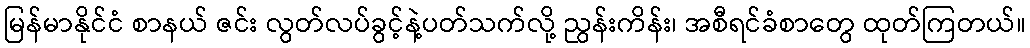
မြန်မာနိုင်ငံ စာနယ် ဇင်း လွတ်လပ်ခွင့်နဲ့ပတ်သက်လို့ ညွန်းကိန်း၊ အစီရင်ခံစာတွေ ထုတ်ကြတယ်။